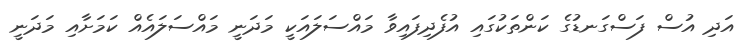
އަދި އުސް ފަސްގަނޑުގެ ކަންތަކުގައި އުފެދިފައިވާ މައްސަލައަކީ މަދަނީ މައްސަލައެއް ކަމަށާއި މަދަނީ